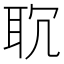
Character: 𦕍